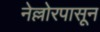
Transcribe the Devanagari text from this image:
नेल्लोरपासून